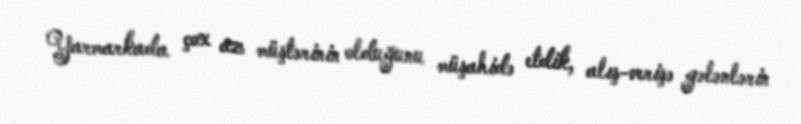
Yarmarkada çox az müştərinin olduğunu müşahidə etdik, alış-verişə gələnlərin